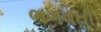
ભગવતી